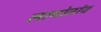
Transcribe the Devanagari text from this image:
लामोतांय